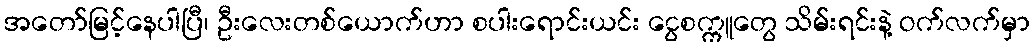
အတော်မြင့်နေပါပြီ၊ ဦးလေးတစ်ယောက်ဟာ စပါးရောင်းယင်း ငွေစက္ကူတွေ သိမ်းရင်းနဲ့ ဝက်လက်မှာ